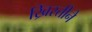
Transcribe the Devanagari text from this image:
ख्रिस्तीने